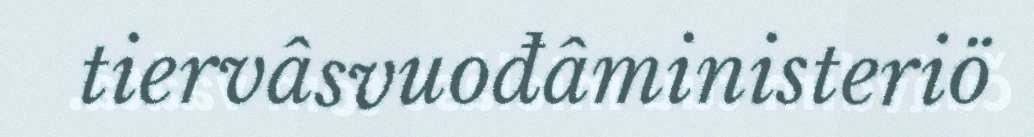
tiervâsvuođâministeriö